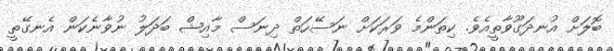
ބޮލަށް އުނދަގޫވާތީއެވެ. ކިތަންމެ ވަރަކަށް ނަސޭހަތް ދިނަސް މާއިޝް ބަދަލު ނުވާނެކަން އެނގޭތީ